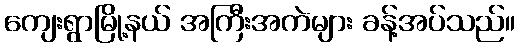
ကျေးရွာမြို့နယ် အကြီးအကဲများ ခန့်အပ်သည်။